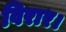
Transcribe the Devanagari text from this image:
विरार।